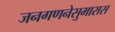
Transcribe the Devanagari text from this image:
जनगणनेसुमारास